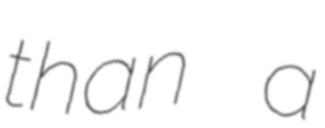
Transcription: than a